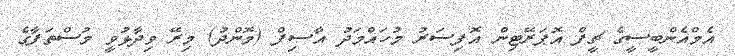
އެމްއެންބީސީގެ ޗީފް އޮޕަރޭޓިން އޮފިސަރު މުހައްމަދު އާސިފް (މޮންދު) މިރޭ ވިދާޅުވީ މުސްތަފާގެ